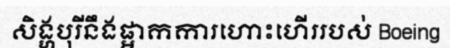
សិង្ហបុរីនឹងផ្អាកការហោះហើររបស់ Boeing